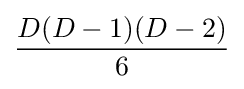
{D(D-1)(D-2) \over {6}}